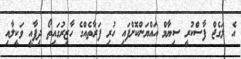
އެ ލަގެޖް ފާސްކުރީ ސިޔާމް އައްޔަންކޮށްފައި ހުރި ފަރާތެއްގެ ހާޒިރުގައިތޯ ދިފާއީ ވަކީލާއި